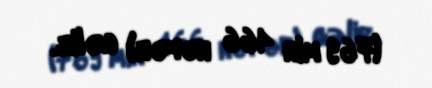
(769 min 466 nəfər) gəlir.